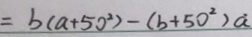
= b ( a + 5 0 ^ { 2 } ) - ( b + 5 0 ^ { 2 } ) a